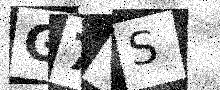
Text: G7CS